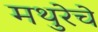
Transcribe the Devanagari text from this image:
मथुरेचे